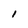
Character: l